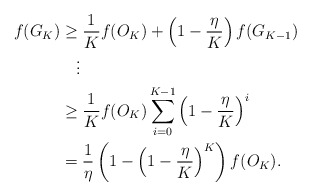
\begin{align*}f(G_K)&\geq \frac{1}{K}f(O_K)+\left(1-\frac{\eta}{K}\right)f(G_{K-1})\\&\quad\vdots \\&\geq \frac{1}{K}f(O_K)\sum\limits_{i=0}^{K-1}\left(1-\frac{\eta}{K}\right)^i\\&=\frac{1}{\eta}\left(1-\left(1-\frac{\eta}{K}\right)^K\right)f(O_K).\end{align*}